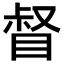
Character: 督